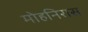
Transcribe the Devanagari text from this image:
मोहनिरास